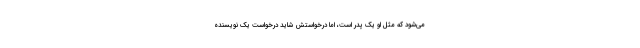
می‌شود که مثل او یک پدر است، اما درخواستش شاید درخواست یک نویسنده